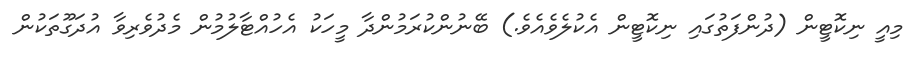
މިއީ ނިކޮޓީން (ދުންފަތުގައި ނިކޮޓީން އެކުލެވެއެެވެ.) ބޭނުންކުރަމުންދާ މީހަކު އެހުއްޓާލުމުން މެދުވެރިވާ އުދަގޫތަކުން